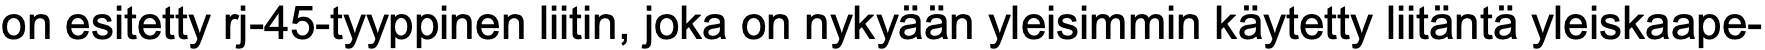
on esitetty rj-45-tyyppinen liitin, joka on nykyään yleisimmin käytetty liitäntä yleiskaape-